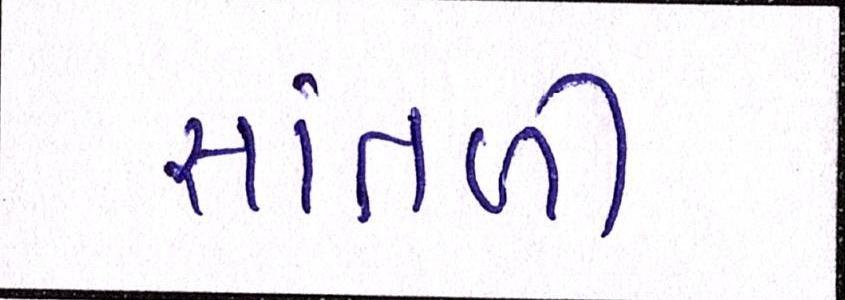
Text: સાંતળી